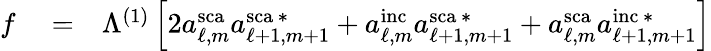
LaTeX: \begin{array}{rlr}{f}&{{}=}&{\Lambda^{(1)}\left[2a_{\ell,m}^{\mathrm{sca}}a_{\ell+1,m+1}^{\mathrm{sca}\, *}+a_{\ell,m}^{\mathrm{inc}}a_{\ell+1,m+1}^{\mathrm{sca}\, *}+a_{\ell,m}^{\mathrm{sca}}a_{\ell+1,m+1}^{\mathrm{inc}\, *}\right]}\end{array}